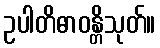
ဥပါတိဓာဝန္တိသုတ်။